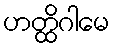
ဟတ္ထိဂါမေ